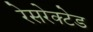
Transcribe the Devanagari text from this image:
रेसरेक्टेड